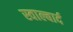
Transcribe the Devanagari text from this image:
स्वाल्बार्द